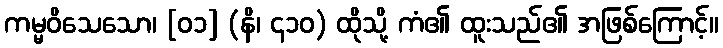
ကမ္မဝိသေသော၊ [၀၁] (နိ၊ ၄၁၀) ထိုသို့ ကံ၏ ထူးသည်၏ အဖြစ်ကြောင့်။